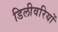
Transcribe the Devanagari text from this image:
डिलीवरियों